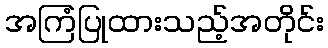
အကြံပြုထားသည့်အတိုင်း